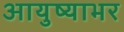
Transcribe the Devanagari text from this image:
आयुष्याभर